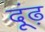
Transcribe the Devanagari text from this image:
दूंढ़